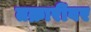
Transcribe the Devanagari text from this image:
तक्रारींवर